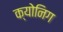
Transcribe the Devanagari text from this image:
क्योनिग